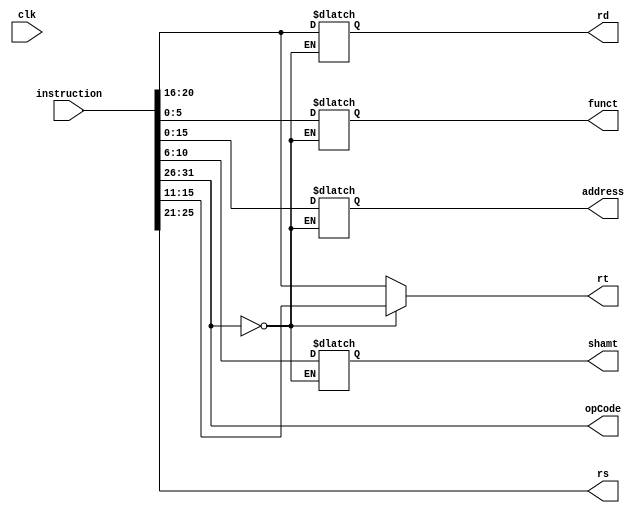
module splitter(clk, instruction, opCode, rs, rt, rd, address,funct,shamt);
input clk;
input [31:0] instruction ;
output  [5:0] opCode;
output reg [4:0] rs;
output reg [4:0] rt;
output reg [4:0] rd;
output reg [5:0] funct;
output reg [15:0] address;
output reg [4:0] shamt;

// reg [31]

  assign opCode  = instruction[31:26];

always @(instruction) begin
if (opCode==6'b000000) begin
  rs = instruction[25:21];
  rd = instruction[20:16];
  rt = instruction[15:11];
  funct = instruction[5:0];
  shamt = instruction[10:6];

end
else
begin
    rs = instruction[25:21];
    rt = instruction[20:16];
    address = instruction[15:0];

end
end
endmodule